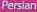
Persian